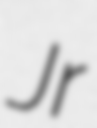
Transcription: Jr